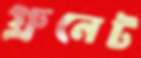
গ্রুনেট